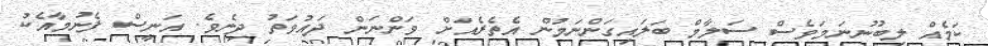
ކަމެއް ލިބުނުނަމަވެސް ސަލާމް ބަލައިގަންނަމުން އެތެރެއަށް ވަންނަން ދައުވަތު ދިނެވެ. އަނީސް ފެނުމާއެކު